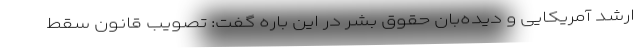
ارشد آمریکایی و دیده‌بان حقوق بشر در این باره گفت: تصویب قانون سقط